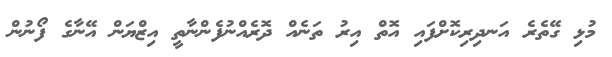
މުޅި ގޭތެރެ އަނދިރިކޮށްފައި އޮތް އިރު ތަނެއް ދޮރެއްްނުފެންނާތީ އިޒްޔަން އޭނާގެ ފޯނުން